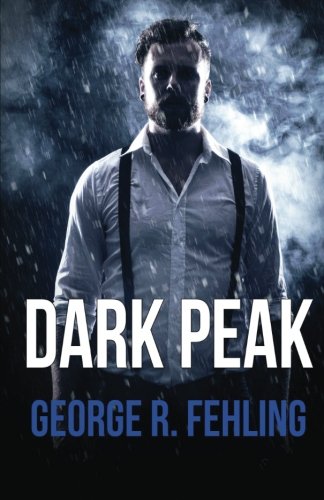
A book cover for Dark Peak; George R. Fehling; Science Fiction & Fantasy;